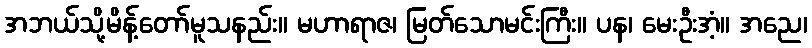
အဘယ်သို့မိန့်တော်မူသနည်း။ မဟာရာဇ၊ မြတ်သောမင်းကြီး။ ပန၊ မေးဦးအံ့။ အညေ၊